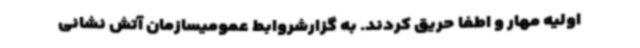
اولیه مهار و اطفا حریق کردند. به گزارشروابط عمومیسازمان آتش نشانی